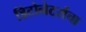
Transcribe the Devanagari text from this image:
डिटोनेटर्सचा